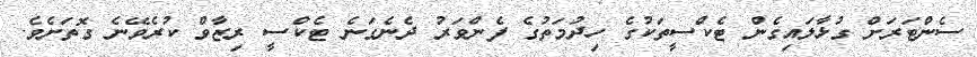
ސެންޓަރަށް ގުޅާލައިގެން ޓެކްސީތަކުގެ ހިދުމަތުގެ ފެންވަރު ދެނެގަނެ ޓެކްސީ ރިިޒާވް ކުރެވޭނެ ގޮތަށެވެ.